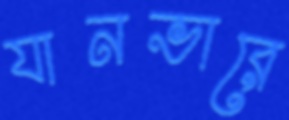
যানভারে